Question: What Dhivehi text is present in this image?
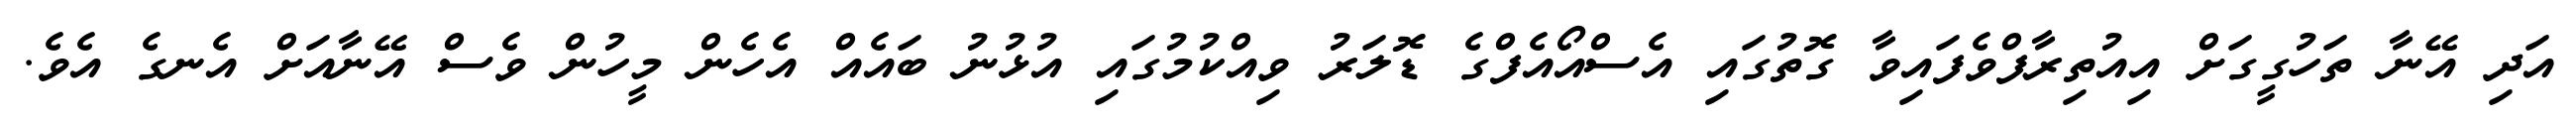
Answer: އަދި އޭނާ ތަހުގީގަށް އިއުތިރާފްވެފައިވާ ގޮތުގައި އެސްއޯއެފްގެ ޑޮލަރު ވިއްކުމުގައި އުޅުނު ބައެއް އެހެން މީހުން ވެސް އޭނާއަށް އެނގެ އެވެ.